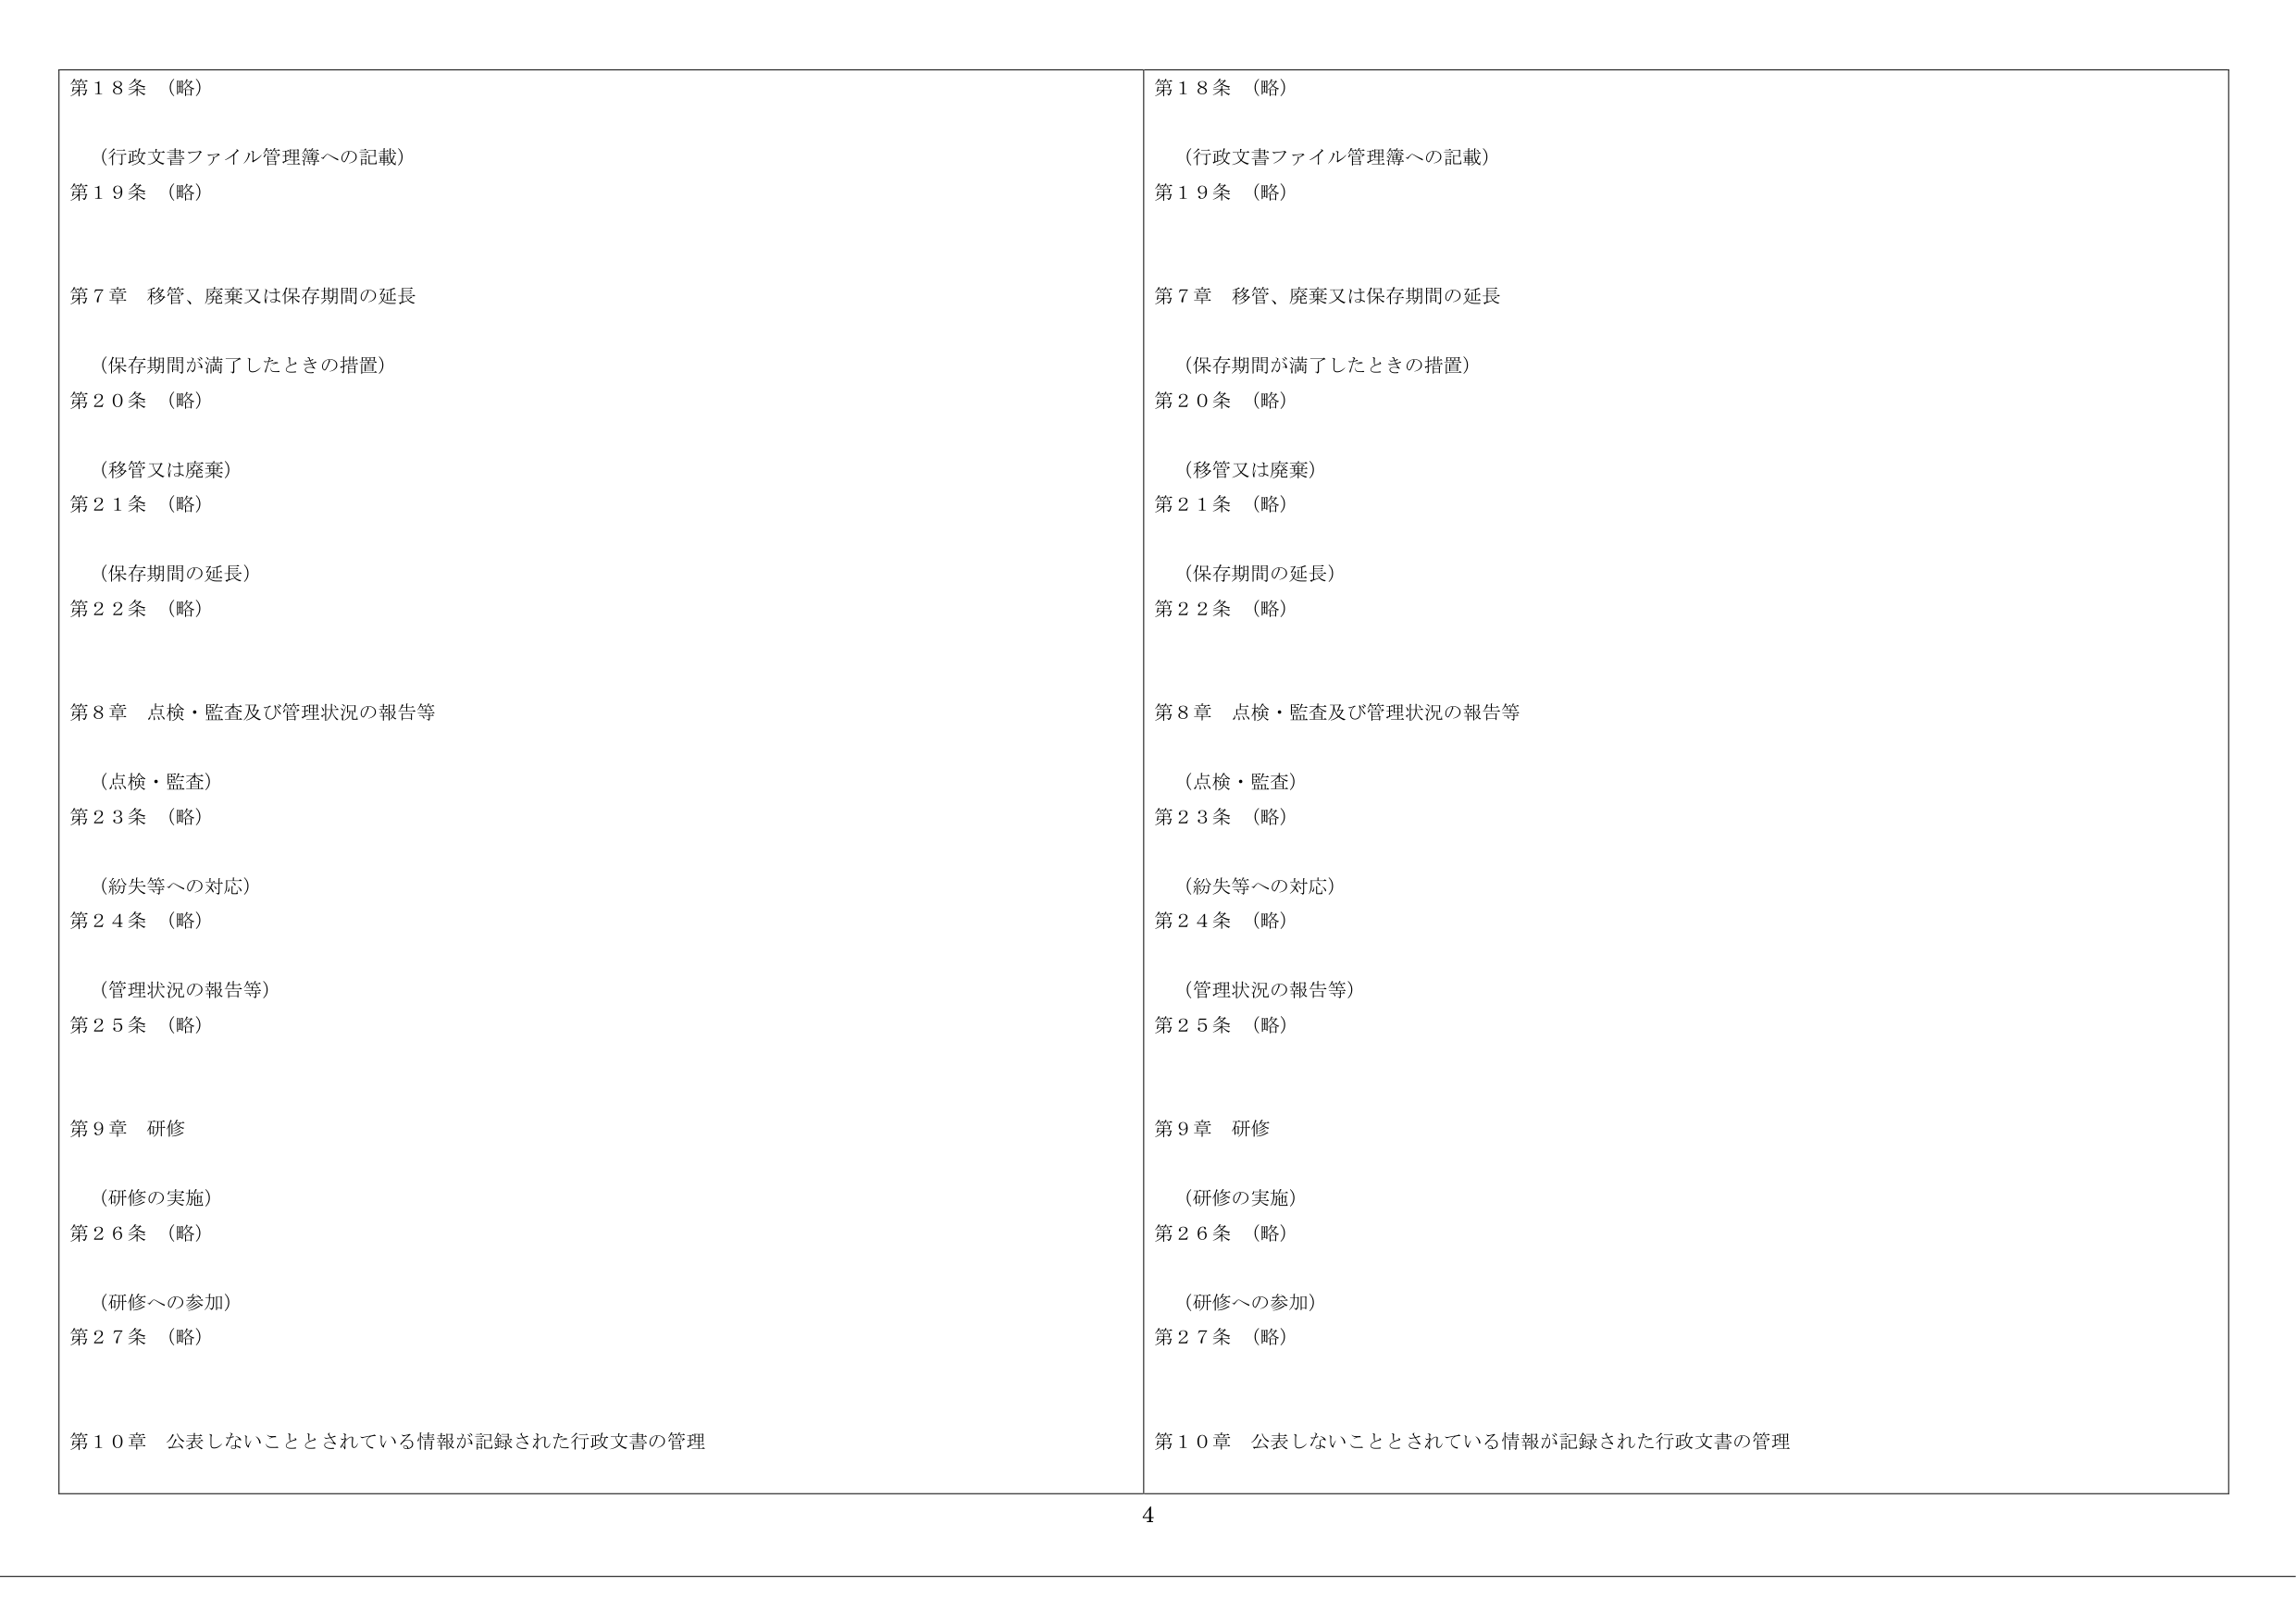
第１８条（略）

（行政文書ファイル管理簿への記載）
第１９条（略）

第７章 移管、廃棄又は保存期間の延長

（保存期間が満了したときの措置）
第２０条（略）

（移管又は廃棄）
第２１条（略）

（保存期間の延長）
第２２条（略）

第８章 点検・監査及び管理状況の報告等

（点検・監査）
第２３条（略）

（紛失等への対応）
第２４条（略）

（管理状況の報告等）
第２５条（略）

第９章 研修

（研修の実施）
第２６条（略）

（研修への参加）
第２７条（略）

第１０章 公表しないこととされている情報が記録された行政文書の管理

第１８条（略）

（行政文書ファイル管理簿への記載）
第１９条（略）

第７章 移管、廃棄又は保存期間の延長

（保存期間が満了したときの措置）
第２０条（略）

（移管又は廃棄）
第２１条（略）

（保存期間の延長）
第２２条（略）

第８章 点検・監査及び管理状況の報告等

（点検・監査）
第２３条（略）

（紛失等への対応）
第２４条（略）

（管理状況の報告等）
第２５条（略）

第９章 研修

（研修の実施）
第２６条（略）

（研修への参加）
第２７条（略）

第１０章 公表しないこととされている情報が記録された行政文書の管理

4